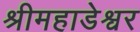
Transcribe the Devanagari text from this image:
श्रीमहाडेश्वर